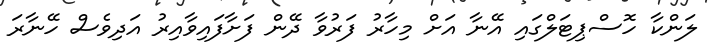
ލަންކާ ހޮސްޕިޓަލްގައި އޭނާ އަށް މިހާރު ފަރުވާ ދޭން ފަށާފައިވާއިރު އަދިވެސް ހޭނާރަ